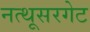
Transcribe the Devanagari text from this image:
नत्थूसरगेट